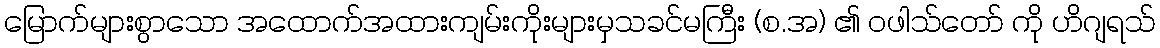
မြောက်များစွာသော အထောက်အထားကျမ်းကိုးများမှသခင်မကြီး (စ.အ) ၏ ဝဖါသ်တော် ကို ဟိဂျရသ်